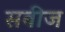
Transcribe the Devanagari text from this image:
सबीज